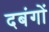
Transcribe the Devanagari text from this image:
दबंगों